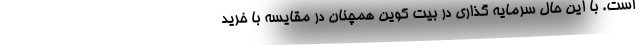
است. با این حال سرمایه گذاری در بیت کوین همچنان در مقایسه با خرید